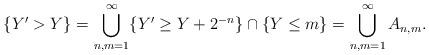
LaTeX: \begin{align*} \{ Y' > Y \} = \bigcup_{n ,m=1}^\infty \{ Y' \ge Y + 2^{-n} \} \cap \{ Y \le m \} =\bigcup_{n ,m=1}^\infty A_{n,m}.\end{align*}